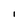
Character: l